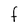
Character: F